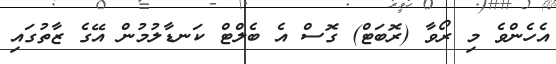
އެހެންވެ މި ރޯވާ (ރޮބަޓް) ގޮސް އެ ބެލްޓް ކަނޑާލުމުން އޭގެ ޒާތުގައި